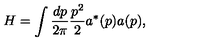
H = \int { \frac { d p } { 2 \pi } } { \frac { p ^ { 2 } } { 2 } } a ^ { * } ( p ) a ( p ) ,